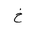
Letter: _kha